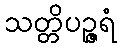
သတ္တိပဉ္ဇရံ